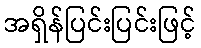
အရှိန်ပြင်းပြင်းဖြင့်